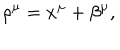
\rho ^ { \mu } = x ^ { \mu } + \beta ^ { \mu } ,